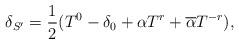
LaTeX: \begin{align*}\delta_{S'}=\frac{1}{2}(T^0-\delta_0+\alpha T^r+\overline\alpha T^{-r}),\end{align*}